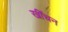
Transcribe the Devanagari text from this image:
खींचन